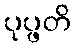
ပုပ္ဖတိ